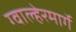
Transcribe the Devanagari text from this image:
ग्वाल्हेरमार्गे